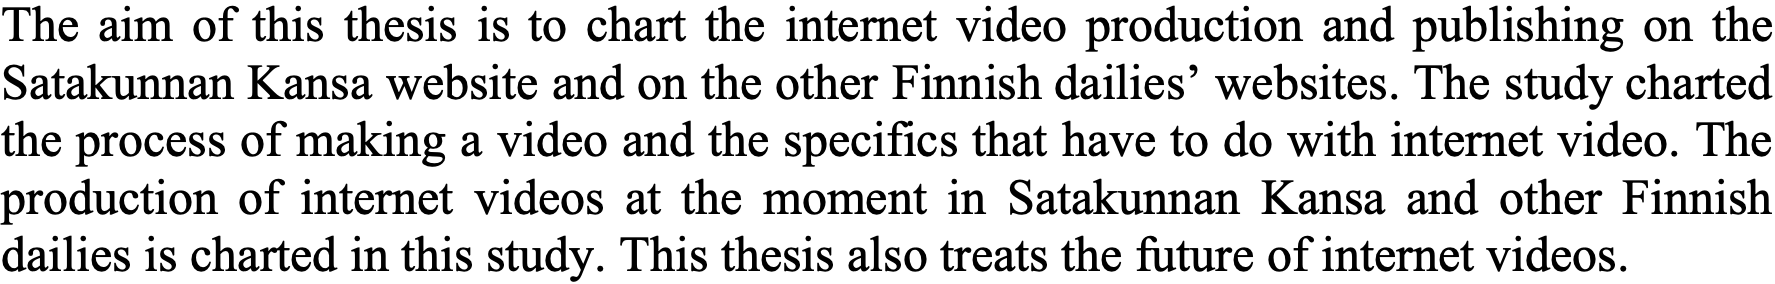
The aim of this thesis is to chart the internet video production and publishing on the Satakunnan Kansa website and on the other Finnish dailies’ websites. The study charted the process of making a video and the specifics that have to do with internet video. The production of internet videos at the moment in Satakunnan Kansa and other Finnish dailies is charted in this study. This thesis also treats the future of internet videos.